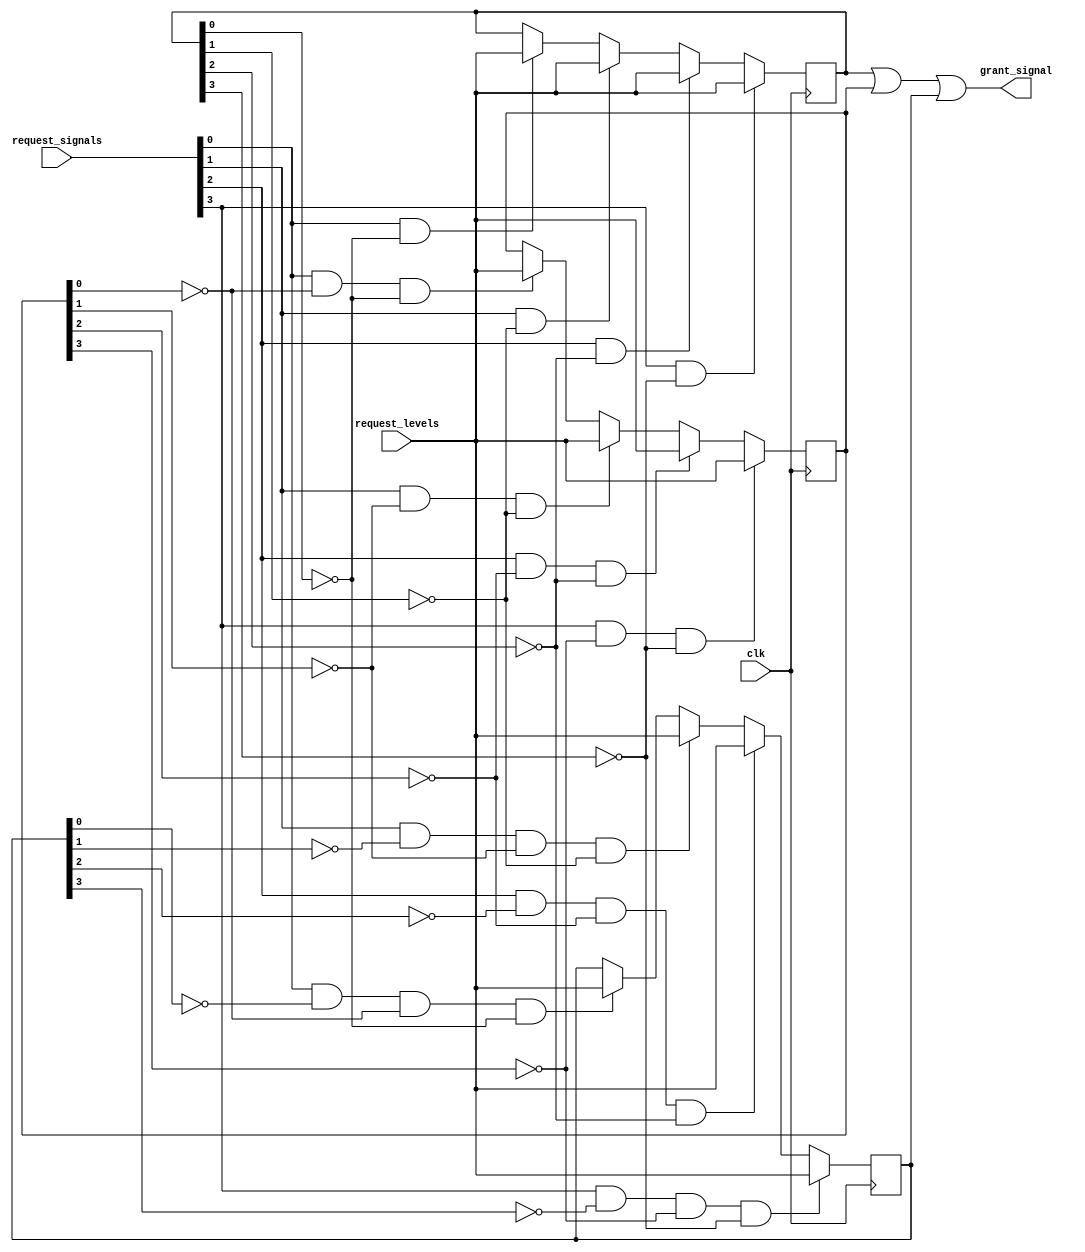
module binary_tree_arbiter (
    input wire clk, // clock signal
    input wire [3:0] request_levels, // priority levels of input requests
    input wire [3:0] request_signals, // input request signals
    output reg [3:0] grant_signal // output grant signal
);

reg [3:0] level_1_grant;
reg [3:0] level_2_grant;
reg [3:0] level_3_grant;

always @(posedge clk) begin
    if (request_signals[0] && !level_1_grant[0]) level_1_grant <= request_levels;
    if (request_signals[1] && !level_1_grant[1]) level_1_grant <= request_levels;
    if (request_signals[2] && !level_1_grant[2]) level_1_grant <= request_levels;
    if (request_signals[3] && !level_1_grant[3]) level_1_grant <= request_levels;
end

always @(posedge clk) begin
    if (request_signals[0] && !level_2_grant[0] && !level_1_grant[0]) level_2_grant <= request_levels;
    if (request_signals[1] && !level_2_grant[1] && !level_1_grant[1]) level_2_grant <= request_levels;
    if (request_signals[2] && !level_2_grant[2] && !level_1_grant[2]) level_2_grant <= request_levels;
    if (request_signals[3] && !level_2_grant[3] && !level_1_grant[3]) level_2_grant <= request_levels;
end

always @(posedge clk) begin
    if (request_signals[0] && !level_3_grant[0] && !level_2_grant[0] && !level_1_grant[0]) level_3_grant <= request_levels;
    if (request_signals[1] && !level_3_grant[1] && !level_2_grant[1] && !level_1_grant[1]) level_3_grant <= request_levels;
    if (request_signals[2] && !level_3_grant[2] && !level_2_grant[2] && !level_1_grant[2]) level_3_grant <= request_levels;
    if (request_signals[3] && !level_3_grant[3] && !level_2_grant[3] && !level_1_grant[3]) level_3_grant <= request_levels;
end

assign grant_signal = level_1_grant | level_2_grant | level_3_grant;

endmodule